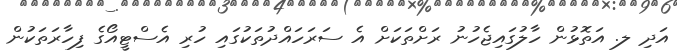
އަދި ލ. އަތޮޅުން ހާލުގައިޖެހުނު ރަށްތަކަށް އެ ސަރަހައްދުތަކުގައި ހުރި އެސްޓީއޯގެ ފިހާރަތަކުން